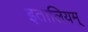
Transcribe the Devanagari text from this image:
इतालियम्